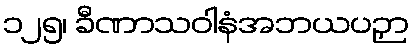
၁၂၅၊ ခီဏာသဝါနံအဘယပဉှာ